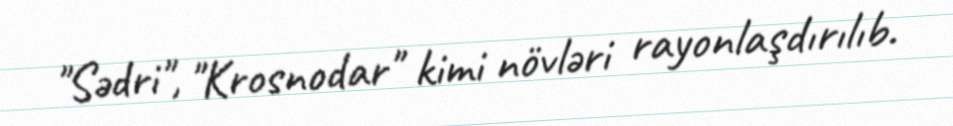
"Sədri", "Krosnodar" kimi növləri rayonlaşdırılıb.